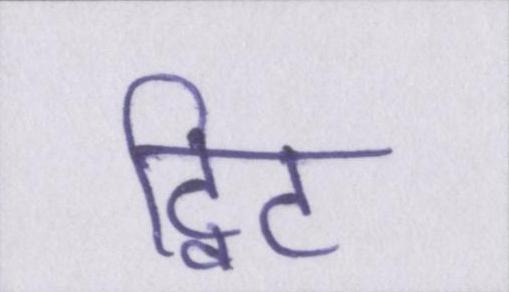
ट्विट